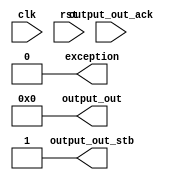
module main_13 (output_out_ack,clk,rst,output_out,output_out_stb,exception);
  input output_out_ack;
  input clk;
  input rst;
  output [31:0] output_out;
  output output_out_stb;
  output exception;

  assign output_out = 0;
  assign output_out_stb = 1;
  assign exception = 0;
endmodule